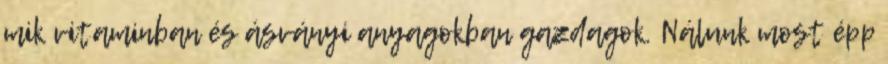
mik vitaminban és ásványi anyagokban gazdagok. Nálunk most épp